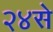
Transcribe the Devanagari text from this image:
२४से